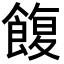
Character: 𩜲